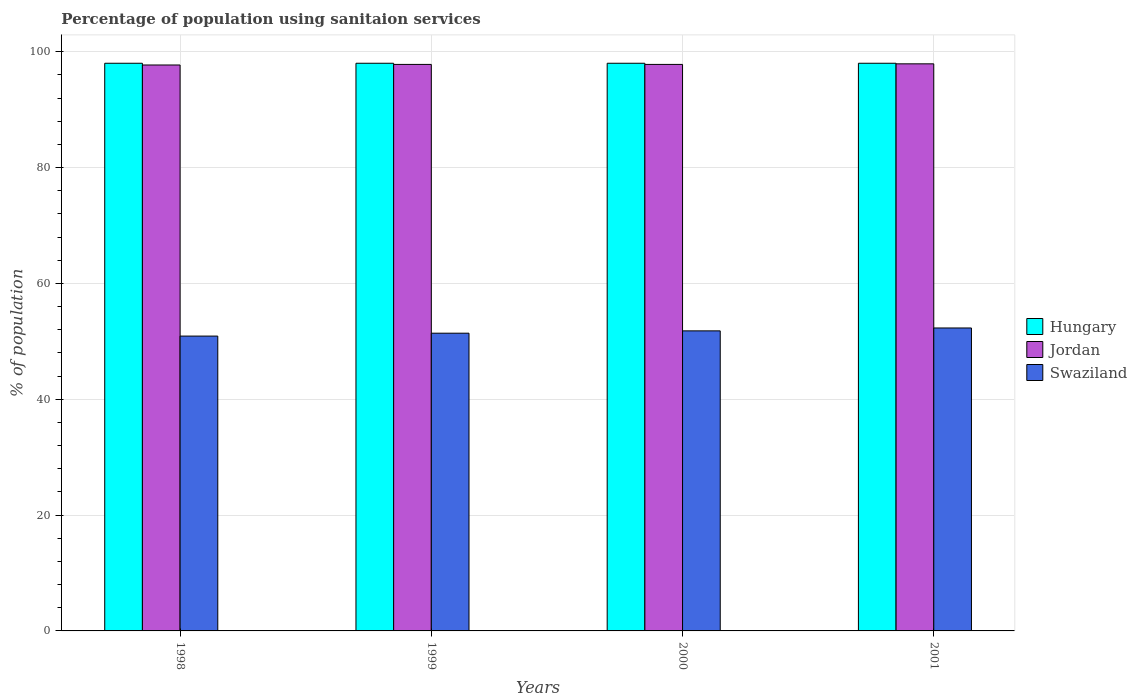
| Years | Hungary | Jordan | Swaziland |
 | --- | --- | --- | --- |
 | 1998 | 98 | 97.7 | 50.9 |
 | 1999 | 98 | 97.8 | 51.4 |
 | 2000 | 98 | 97.8 | 51.8 |
 | 2001 | 98 | 97.9 | 52.3 |